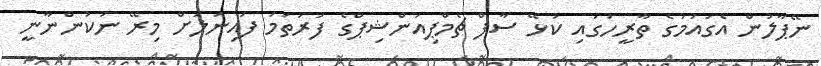
ނޭޕާލުން އެގައުމުގެ ތާރީހުގައި ކުޅޭ ސާފް ޗެމްޕިއަންޝިޕްގެ ފުރަތަމަ ފައިނަލަށް މިރޭ ނުކުންނާނީ